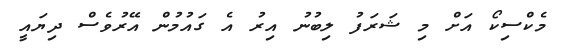
މެކްސިކޯ އަށް މި ޝަރަފު ލިބުނު އިރު އެ ގައުމުން އޭރުވެސް ދިޔައީ